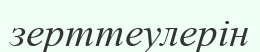
зерттеулерін